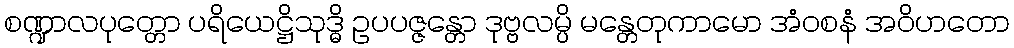
စဏ္ဍာလပုတ္တော ပရိယေဋ္ဌိသုဒ္ဓိ ဥပပဇ္ဇန္တော ဒုဗ္ဗလမ္ပိ မန္တေတုကာမော အံဝစနံ အဝိဟတော